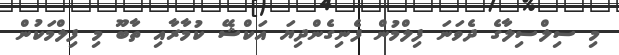
މި ސިލްސިލާގެ ދެވަނަ ފިލްމުން ފެނިގެންދިޔަ އަކްޝޭ ކުމާރާއި ތާބޫ މި ފިލްމަކުން